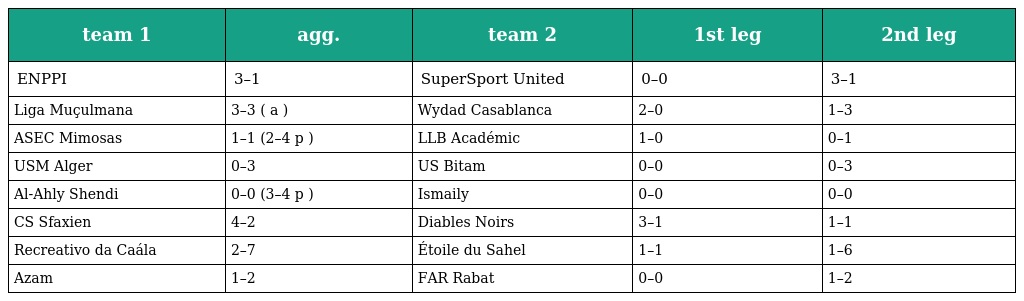
| team 1 | agg. | team 2 | 1st leg | 2nd leg |
 | --- | --- | --- | --- | --- |
 | ENPPI | 3–1 | SuperSport United | 0–0 | 3–1 |
 | Liga Muçulmana | 3–3 ( a ) | Wydad Casablanca | 2–0 | 1–3 |
 | ASEC Mimosas | 1–1 (2–4 p ) | LLB Académic | 1–0 | 0–1 |
 | USM Alger | 0–3 | US Bitam | 0–0 | 0–3 |
 | Al-Ahly Shendi | 0–0 (3–4 p ) | Ismaily | 0–0 | 0–0 |
 | CS Sfaxien | 4–2 | Diables Noirs | 3–1 | 1–1 |
 | Recreativo da Caála | 2–7 | Étoile du Sahel | 1–1 | 1–6 |
 | Azam | 1–2 | FAR Rabat | 0–0 | 1–2 |